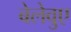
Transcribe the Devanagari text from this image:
बेलेवुए